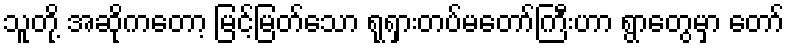
သူတို့ အဆိုကတော့ မြင့်မြတ်သော ရုရှားတပ်မတော်ကြီးဟာ ရွာတွေမှာ တော်